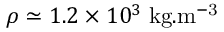
\rho \simeq 1 . 2 \times 1 0 ^ { 3 } \; \mathrm { { k g . m ^ { - 3 } } }